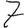
Digit: 7